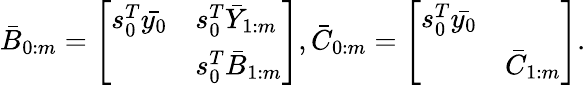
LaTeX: \bar{B}_{0:m}=\left[\begin{array}{ll}{s_{0}^{T}\bar{y_{0}}}&{s_{0}^{T}\bar{Y}_{1:m}}\\ &{s_{0}^{T}\bar{B}_{1:m}}\end{array}\right],\bar{C}_{0:m}=\left[\begin{array}{ll}{{s_{0}^{T}\bar{y_{0}}}}&\\ &{\bar{C}_{1:m}}\end{array}\right].